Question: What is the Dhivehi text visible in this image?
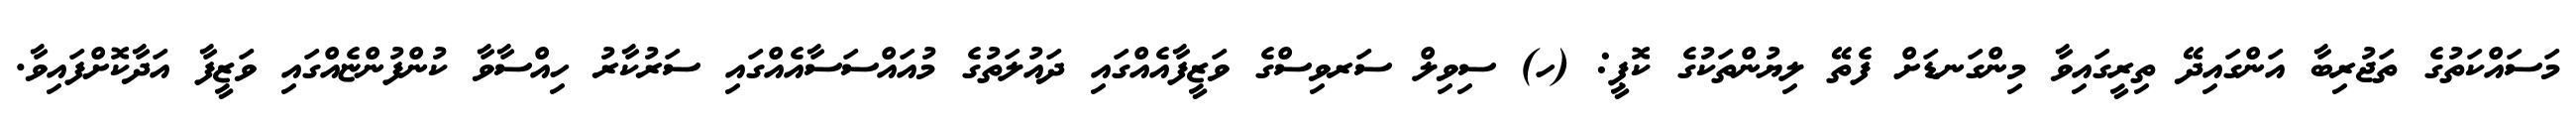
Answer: މަސައްކަތުގެ ތަޖުރިބާ އަންގައިދޭ ތިރީގައިވާ މިންގަނޑަށް ފެތޭ ލިޔުންތަކުގެ ކޮޕީ: (ހ) ސިވިލް ސަރވިސްގެ ވަޒީފާއެއްގައި ދައުލަތުގެ މުއައްސަސާއެއްގައި ސަރުކާރު ހިއްސާވާ ކުންފުންޏެއްގައި ވަޒީފާ އަދާކޮށްފައިވާ.